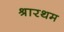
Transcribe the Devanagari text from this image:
श्रारथम